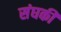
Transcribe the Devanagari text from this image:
संघकी